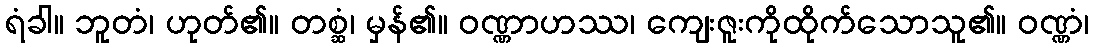
ရံခါ။ ဘူတံ၊ ဟုတ်၏။ တစ္ဆံ၊ မှန်၏။ ဝဏ္ဏာဟဿ၊ ကျေးဇူးကိုထိုက်သောသူ၏။ ဝဏ္ဏံ၊